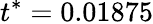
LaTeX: t^{*}=0.01875